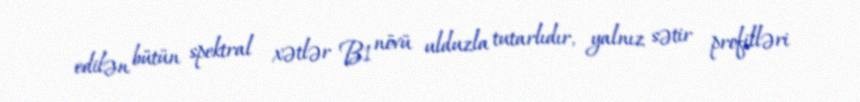
edilən bütün spektral xətlər B1 növü ulduzla tutarlıdır, yalnız sətir profilləri